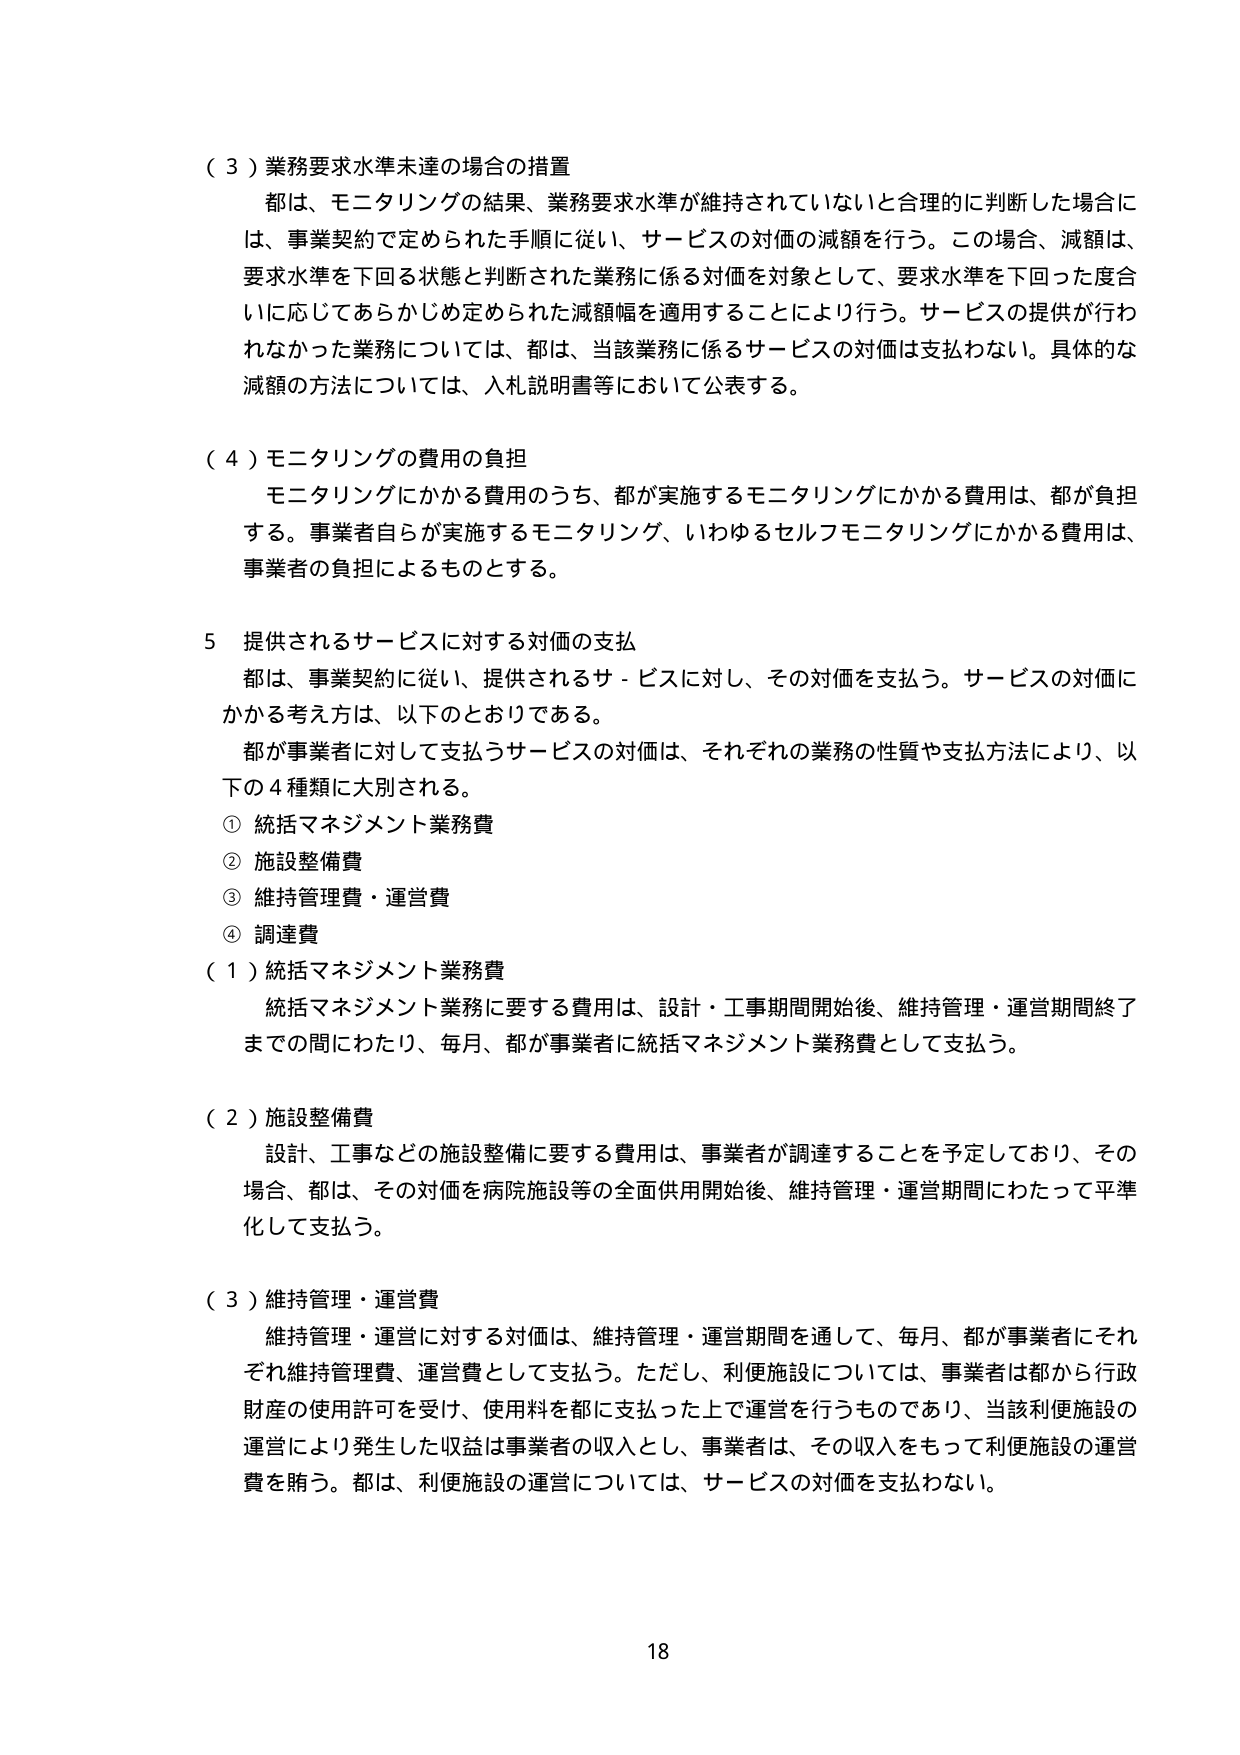
（３）業務要求水準未達の場合の措置
都は、モニタリングの結果、業務要求水準が維持されていないと合理的に判断した場合には、事業契約で定められた手順に従い、サービスの対価の減額を行う。この場合、減額は、要求水準を下回る状態と判断された業務に係る対価を対象として、要求水準を下回った度合いに応じてあらかじめ定められた減額幅を適用することにより行う。サービスの提供が行われなかった業務については、都は、当該業務に係るサービスの対価は支払わない。具体的な減額の方法については、入札説明書等において公表する。

（４）モニタリングの費用の負担
モニタリングにかかる費用のうち、都が実施するモニタリングにかかる費用は、都が負担する。事業者自らが実施するモニタリング、いわゆるセルフモニタリングにかかる費用は、事業者の負担によるものとする。

５ 提供されるサービスに対する対価の支払
都は、事業契約に従い、提供されるサービスに対し、その対価を支払う。サービスの対価にかかる考え方は、以下のとおりである。
都が事業者に対して支払うサービスの対価は、それぞれの業務の性質や支払方法により、以下の４種類に大別される。
① 統括マネジメント業務費
② 施設整備費
③ 維持管理費・運営費
④ 調達費

（１）統括マネジメント業務費
統括マネジメント業務に要する費用は、設計・工事期間開始後、維持管理・運営期間終了までの間にわたり、毎月、都が事業者に統括マネジメント業務費として支払う。

（２）施設整備費
設計、工事などの施設整備に要する費用は、事業者が調達することを予定しており、その場合、都は、その対価を病院施設等の全面供用開始後、維持管理・運営期間にわたって平準化して支払う。

（３）維持管理・運営費
維持管理・運営に対する対価は、維持管理・運営期間を通じて、毎月、都が事業者にそれぞれ維持管理費、運営費として支払う。ただし、利便施設については、事業者は都から行政財産の使用許可を受け、使用料を都に支払った上で運営を行うものであり、当該利便施設の運営により発生した収益は事業者の収入とし、事業者は、その収入をもって利便施設の運営費を賄う。都は、利便施設の運営については、サービスの対価を支払わない。

18